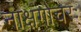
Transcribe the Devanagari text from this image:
नाक्षगोचरः